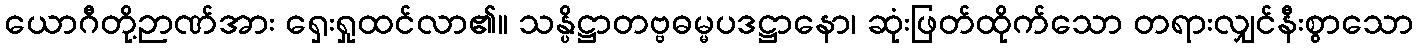
ယောဂီတို့ဉာဏ်အား ရှေးရှုထင်လာ၏။ သန္ပိဋ္ဌာတဗ္ဗဓမ္မပဒဋ္ဌာနော၊ ဆုံးဖြတ်ထိုက်သော တရားလျှင်နီးစွာသော